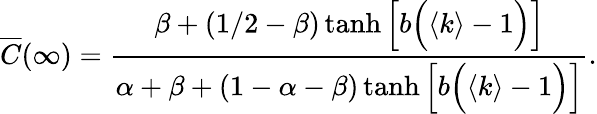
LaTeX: \overline{{C}}(\infty)=\frac{\beta+(1/2-\beta)\operatorname{tanh}\Big[b\Big(\langle k\rangle-1\Big)\Big]}{\alpha+\beta+(1-\alpha-\beta)\operatorname{tanh}\Big[b\Big(\langle k\rangle-1\Big)\Big]}.